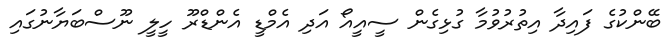
ބޭންކުގެ ފައިދާ އިތުރުވުމާ ގުޅިގެން ސީއީއޯ އަދި އެމްޑީ އެންޑްރޫ ހީލީ ނޫސްބަޔާނުގައި